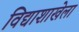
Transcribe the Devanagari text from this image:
विद्याशाखेला